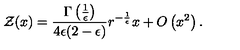
{ \cal Z } ( x ) = { \frac { \Gamma \left( { \frac { 1 } { \epsilon } } \right) } { 4 \epsilon ( 2 - \epsilon ) } } r ^ { - { \frac { 1 } { \epsilon } } } x + O \left( x ^ { 2 } \right) .